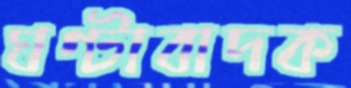
ঘণ্টাবাদক